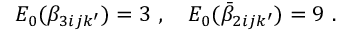
{ \cal E } _ { 0 } ( \beta _ { 3 i j k ^ { \prime } } ) = 3 ~ , ~ ~ ~ { \cal E } _ { 0 } ( \bar { \beta } _ { 2 i j k ^ { \prime } } ) = 9 ~ .